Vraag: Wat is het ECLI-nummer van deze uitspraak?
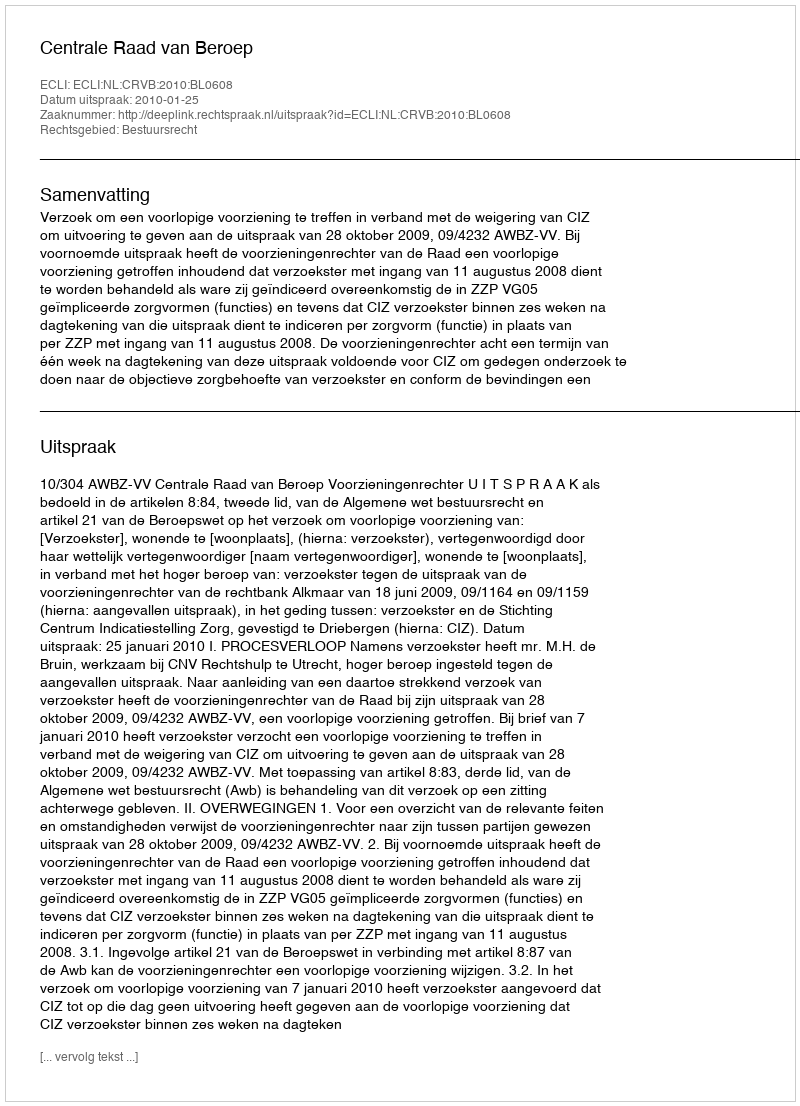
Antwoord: ECLI:NL:CRVB:2010:BL0608